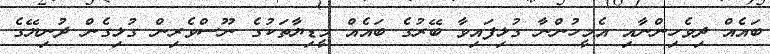
ބައެއް ދިވެހިންނާއި އެމީހުންނާ ގުޅިފައިވާ ބޭރުގެ ބައެއް މީޑިޔާތަކުގެ ނޫސްވެރިން ގުޅިގެން ދުނިޔޭގެ